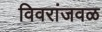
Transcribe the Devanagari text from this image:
विवरांजवळ